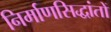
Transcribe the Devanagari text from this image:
निर्माणसिद्धांतों